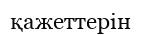
қажеттерін